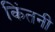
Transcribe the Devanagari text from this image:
किंतनी